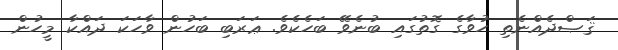
ޤަޞްދެއްނެތި ހުވާގެ ގޮތުގައި ބުނެވޭ ބަހެކެވެ. ޢަރަބި ބަހުން ވާހަކަ ދައްކާ މީހުން